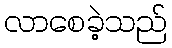
လာစေခဲ့သည်